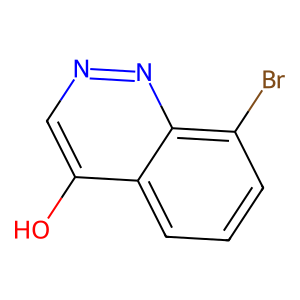
SMILES: Oc1cnnc2c(Br)cccc12
Inhibits HIV replication: No